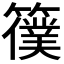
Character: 𥵜